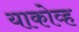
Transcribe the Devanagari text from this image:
याकोव्ह